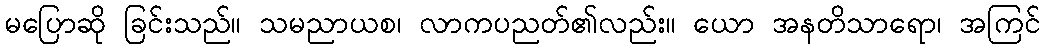
မပြောဆို ခြင်းသည်။ သမညာယစ၊ လာကပညတ်၏လည်း။ ယော အနတိသာရော၊ အကြင်